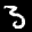
Label: 3